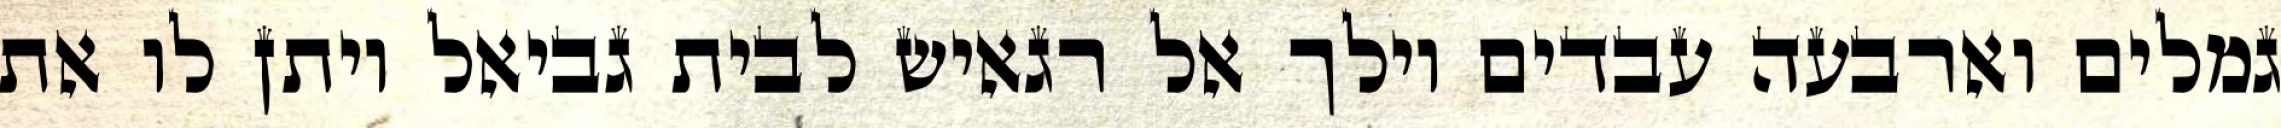
גמלים וארבעה עבדים וילך אל רגאיש לבית גביאל ויתן לו את